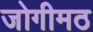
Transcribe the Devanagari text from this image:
जोगीमठ